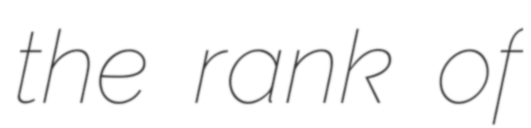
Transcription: the rank of